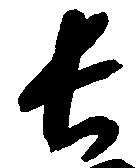
長